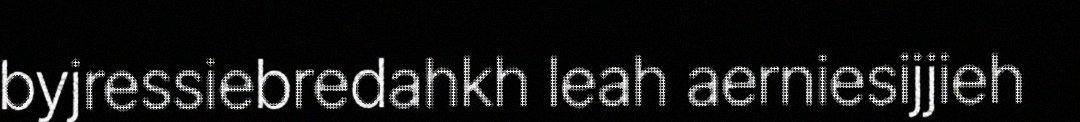
byjressiebredahkh leah aerniesijjieh